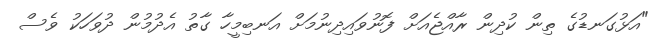
"އަޅުގަނޑުގެ ތިން ކުދިން ރާއްޖެއަށް ފޮނުވައިދިނުމަށް އަނބިމީހާ ގާތު އެދުމުން ދުވަހަކު ވެސް